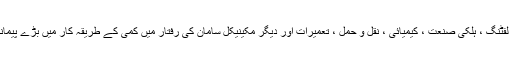
ہمارا دھات کاری ، کان کنی ، لفٹنگ ، ہلکی صنعت ، کیمیائی ، نقل و حمل ، تعمیرات اور دیگر مکینیکل سامان کی رفتار میں کمی کے طریقہ کار میں بڑے پیمانے پر استعمال کیا جاسکتا ہے۔